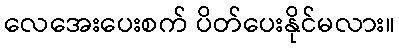
လေအေးပေးစက် ပိတ်ပေးနိုင်မလား။